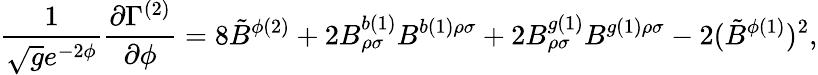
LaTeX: \frac{1}{\sqrt{g}e^{-2\phi}}\frac{\partial\Gamma^{(2)}}{\partial\phi}=8{\tilde{B}}^{\phi(2)}+2B_{\rho\sigma}^{b(1)}B^{b(1)\rho\sigma}+2B_{\rho\sigma}^{g(1)}B^{g(1)\rho\sigma}-2({\tilde{B}}^{\phi(1)})^{2},